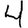
Digit: 4